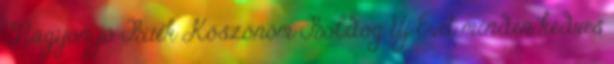
Nagyon jó Buék Köszönöm Boldog Új Évet minden kedves